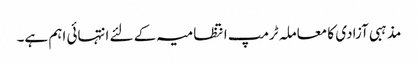
مذہبی آزادی کا معاملہ ٹرمپ انتظامیہ کے لئے انتہائی اہم ہے۔